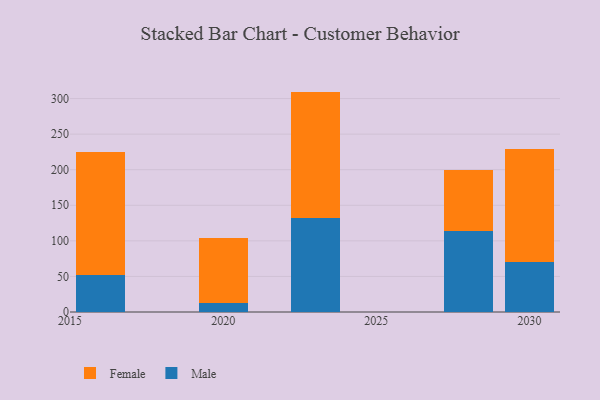
{"axis": {"x": "Year", "y": "Headcount"}, "legend": ["Female", "Male"], "data": [{"x": "2020", "y": 12.3, "type": "Male"}, {"x": "2020", "y": 91.8, "type": "Female"}, {"x": "2030", "y": 70.9, "type": "Male"}, {"x": "2030", "y": 158.3, "type": "Female"}, {"x": "2028", "y": 113.4, "type": "Male"}, {"x": "2028", "y": 86.2, "type": "Female"}, {"x": "2016", "y": 52.5, "type": "Male"}, {"x": "2016", "y": 171.9, "type": "Female"}, {"x": "2023", "y": 131.7, "type": "Male"}, {"x": "2023", "y": 178.1, "type": "Female"}]}